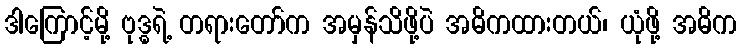
ဒါကြောင့်မို့ ဗုဒ္ဓရဲ့ တရားတော်က အမှန်သိဖို့ပဲ အဓိကထားတယ်၊ ယုံဖို့ အဓိက